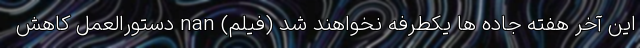
این آخر هفته جاده ها یکطرفه نخواهند شد (فیلم) nan دستورالعمل کاهش